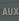
aux